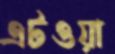
এটওয়া